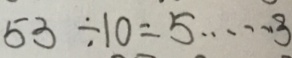
5 3 \div 1 0 = 5 \cdots 3